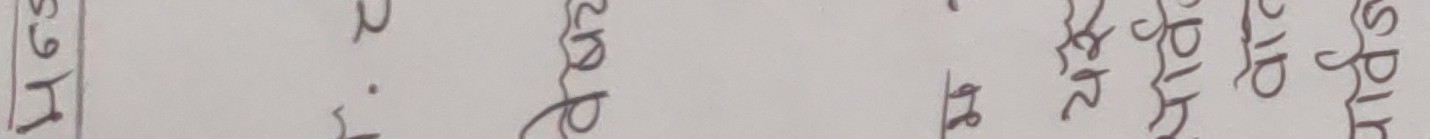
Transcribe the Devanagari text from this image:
बुधबार
मिति
असार
१६
गते
२०७९
साल